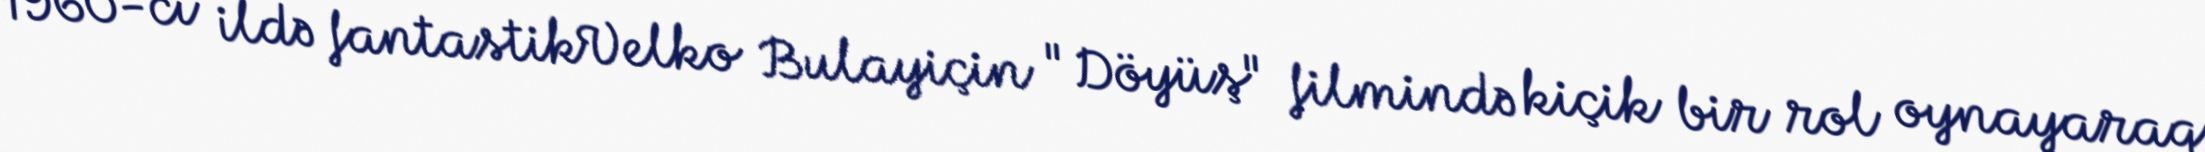
1960-cı ildə fantastikVelko Bulayiçin "Döyüş" filmində kiçik bir rol oynayaraq